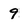
Character: 9